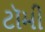
ટૉમી